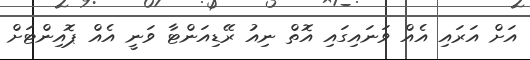
އަށް އަރައި އެއް ވަނައިގައި އޮތް ނިއު ރޭޑިއަންޓާ ވަނީ އެއް ޕޮއިންޓަށް